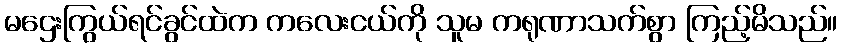
မဌေးကြွယ်ရင်ခွင်ထဲက ကလေးငယ်ကို သူမ ကရုဏာသက်စွာ ကြည့်မိသည်။